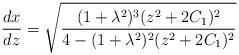
LaTeX: \begin{align*}\frac{dx}{dz} = \sqrt{\frac{(1+\lambda^{2})^{3}(z^{2}+2C_{1})^{2}}{4-(1+\lambda^{2})^{2}(z^{2}+2C_{1})^{2}}}\end{align*}